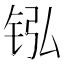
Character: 𬭂